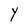
Character: Y